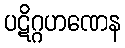
ပဋိဂ္ဂဟဏေန